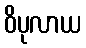
ဝိပုလာယ